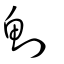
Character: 魝